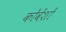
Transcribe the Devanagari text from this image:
कोंवेंशों